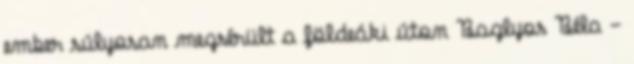
ember súlyosan megsérült a földeáki úton Baglyos Béla -